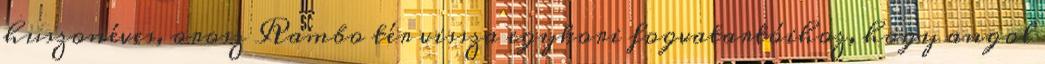
huszonéves, orosz Rambo tér vissza egykori fogvatartóihoz, hogy angol